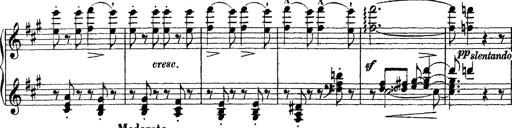
Title: Grande fantasie di bravura sur La clochette
Composer: Franz Liszt
Key: A minor